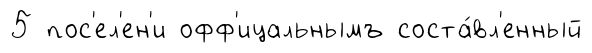
5 пос'ел'ен'и офф'ицальнымъ соста́вл'енный